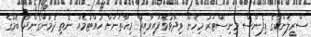
ސްރީލަންކާގެ ޑިފެންސް މިނިސްޓަރު މިހެން ވިދާޅުވެފައިވާއިރު މިހާތަނަށް ހުއްޓުމެއް ނެތި ދެމުންގެންދާ ބޮމުގެ